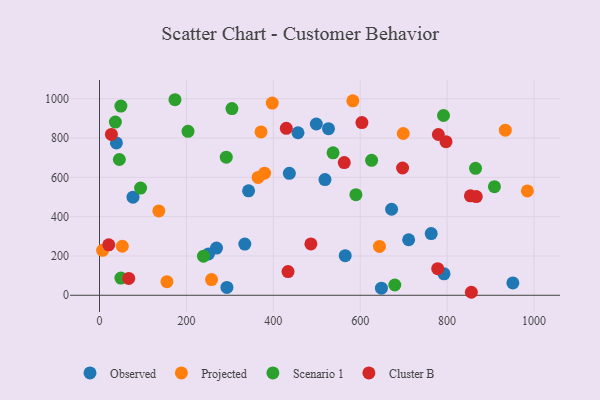
{"axis": {"x": "Distance", "y": "Profit"}, "legend": ["Cluster B", "Observed", "Projected", "Scenario 1"], "data": [{"x": "38.9", "y": 775.2, "type": "Observed"}, {"x": "792.9", "y": 109.2, "type": "Observed"}, {"x": "77.1", "y": 499.3, "type": "Observed"}, {"x": "334.4", "y": 260.6, "type": "Observed"}, {"x": "456.8", "y": 826.8, "type": "Observed"}, {"x": "527.0", "y": 847.5, "type": "Observed"}, {"x": "293.2", "y": 40.1, "type": "Observed"}, {"x": "436.9", "y": 620.6, "type": "Observed"}, {"x": "565.5", "y": 201.6, "type": "Observed"}, {"x": "499.0", "y": 871.3, "type": "Observed"}, {"x": "951.3", "y": 62.7, "type": "Observed"}, {"x": "343.1", "y": 531.2, "type": "Observed"}, {"x": "648.8", "y": 36.0, "type": "Observed"}, {"x": "269.3", "y": 239.9, "type": "Observed"}, {"x": "518.9", "y": 588.8, "type": "Observed"}, {"x": "672.2", "y": 437.6, "type": "Observed"}, {"x": "250.8", "y": 210.6, "type": "Observed"}, {"x": "763.4", "y": 313.8, "type": "Observed"}, {"x": "711.5", "y": 282.6, "type": "Observed"}, {"x": "365.0", "y": 599.7, "type": "Projected"}, {"x": "699.0", "y": 823.1, "type": "Projected"}, {"x": "644.3", "y": 248.5, "type": "Projected"}, {"x": "583.0", "y": 989.0, "type": "Projected"}, {"x": "371.7", "y": 831.1, "type": "Projected"}, {"x": "933.9", "y": 839.8, "type": "Projected"}, {"x": "379.8", "y": 621.0, "type": "Projected"}, {"x": "984.7", "y": 531.0, "type": "Projected"}, {"x": "155.2", "y": 69.2, "type": "Projected"}, {"x": "397.6", "y": 977.9, "type": "Projected"}, {"x": "136.5", "y": 429.1, "type": "Projected"}, {"x": "7.2", "y": 228.9, "type": "Projected"}, {"x": "52.5", "y": 249.5, "type": "Projected"}, {"x": "257.8", "y": 79.7, "type": "Projected"}, {"x": "94.5", "y": 545.2, "type": "Scenario 1"}, {"x": "173.7", "y": 994.8, "type": "Scenario 1"}, {"x": "36.5", "y": 881.3, "type": "Scenario 1"}, {"x": "590.1", "y": 512.0, "type": "Scenario 1"}, {"x": "45.7", "y": 690.6, "type": "Scenario 1"}, {"x": "791.7", "y": 914.5, "type": "Scenario 1"}, {"x": "626.2", "y": 686.5, "type": "Scenario 1"}, {"x": "908.9", "y": 552.3, "type": "Scenario 1"}, {"x": "49.2", "y": 87.4, "type": "Scenario 1"}, {"x": "49.2", "y": 962.7, "type": "Scenario 1"}, {"x": "865.4", "y": 645.7, "type": "Scenario 1"}, {"x": "304.8", "y": 949.8, "type": "Scenario 1"}, {"x": "679.6", "y": 52.4, "type": "Scenario 1"}, {"x": "203.7", "y": 834.2, "type": "Scenario 1"}, {"x": "537.5", "y": 724.9, "type": "Scenario 1"}, {"x": "239.3", "y": 198.7, "type": "Scenario 1"}, {"x": "291.7", "y": 702.8, "type": "Scenario 1"}, {"x": "855.8", "y": 15.3, "type": "Cluster B"}, {"x": "853.6", "y": 505.8, "type": "Cluster B"}, {"x": "797.4", "y": 781.6, "type": "Cluster B"}, {"x": "779.8", "y": 817.9, "type": "Cluster B"}, {"x": "867.1", "y": 502.0, "type": "Cluster B"}, {"x": "429.9", "y": 849.2, "type": "Cluster B"}, {"x": "563.3", "y": 675.3, "type": "Cluster B"}, {"x": "21.3", "y": 256.5, "type": "Cluster B"}, {"x": "486.5", "y": 261.2, "type": "Cluster B"}, {"x": "697.5", "y": 647.5, "type": "Cluster B"}, {"x": "27.4", "y": 818.3, "type": "Cluster B"}, {"x": "433.9", "y": 120.8, "type": "Cluster B"}, {"x": "778.3", "y": 135.4, "type": "Cluster B"}, {"x": "67.2", "y": 85.9, "type": "Cluster B"}, {"x": "603.9", "y": 878.5, "type": "Cluster B"}]}